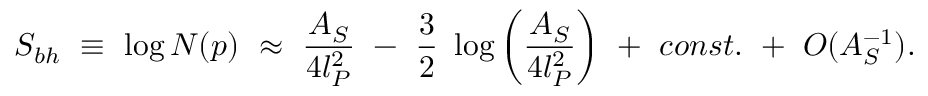
S _ { b h } ~ \equiv ~ \log { \cal N } ( p ) ~ \approx ~ { \frac { A _ { S } } { 4 l _ { P } ^ { 2 } } } ~ - ~ { \frac { 3 } { 2 } } ~ \log \left( { \frac { A _ { S } } { 4 l _ { P } ^ { 2 } } } \right) ~ + ~ c o n s t . ~ + ~ O ( A _ { S } ^ { - 1 } ) .